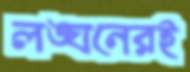
লঙ্ঘনেরই